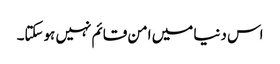
اس دنیا میں امن قائم نہیں ہوسکتا۔